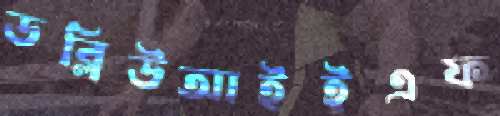
ডব্লিউআইইএফ